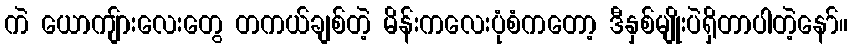
ကဲ ယောကျ်ားလေးတွေ တကယ်ချစ်တဲ့ မိန်းကလေးပုံစံကတော့ ဒီနှစ်မျိုးပဲရှိတာပါတဲ့နော်။